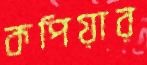
কপিয়ার